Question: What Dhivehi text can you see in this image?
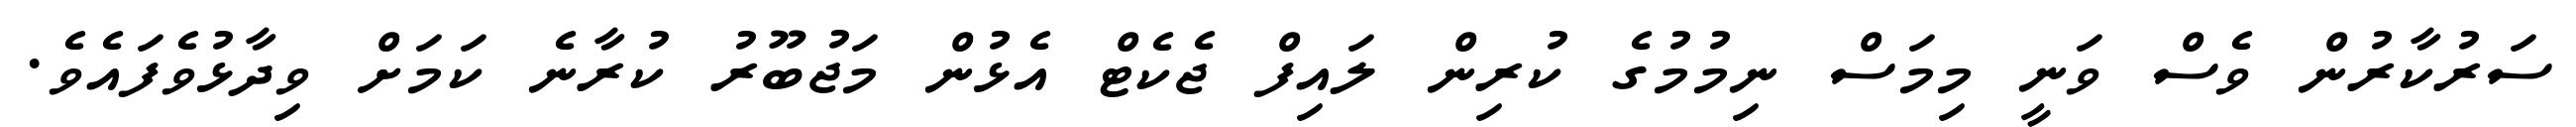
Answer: ސަރުކާރުން ވެސް ވަނީ މިމަސް ނިމުމުގެ ކުރިން ލައިފް ޖެކެޓް އެޅުން މަޖުބޫރު ކުރާނެ ކަމަށް ވިދާޅުވެފައެވެ.